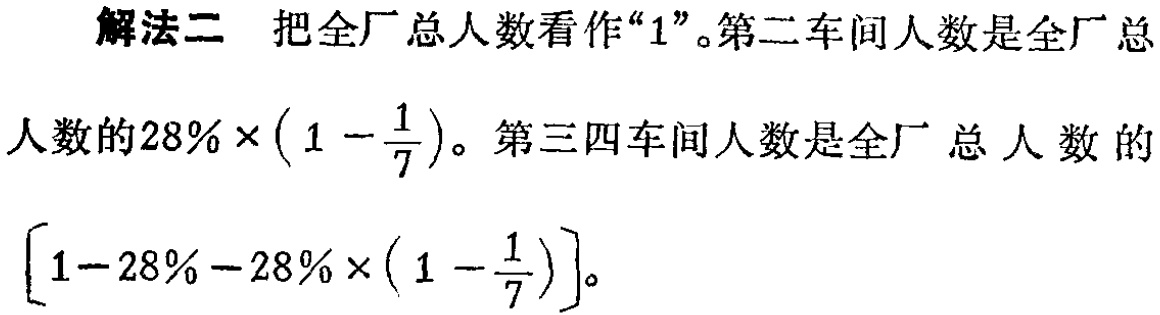
解法二 把全厂总人数看作“1”。第二车间人数是全厂总

人数的\(28\% \times \left(1 - \dfrac{1}{7}\right)\)。第三四车间人数是全厂总人数的

\(\left[1 - 28\% - 28\% \times \left(1 - \dfrac{1}{7}\right)\right]\)。